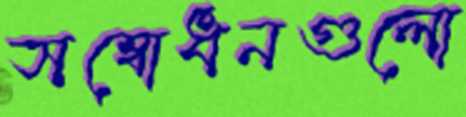
সম্বোধনগুলো